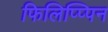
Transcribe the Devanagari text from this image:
फिलिप्प्पिन